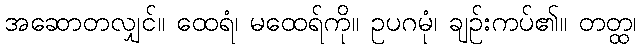
အဆောတလျှင်။ ထေရံ၊ မထေရ်ကို။ ဥပဂမုံ၊ ချဉ်းကပ်၏။ တတ္ထ၊